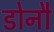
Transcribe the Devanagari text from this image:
डोनौ